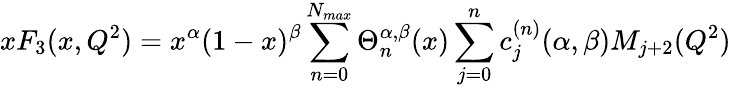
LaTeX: xF_{3}(x,Q^{2})=x^{\alpha}(1-x)^{\beta}\sum_{n=0}^{N_{max}}\Theta_{n}^{\alpha,\beta}(x)\sum_{j=0}^{n}c_{j}^{(n)}(\alpha,\beta)M_{j+2}(Q^{2})